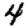
Digit: 4